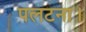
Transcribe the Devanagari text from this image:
पलटना।